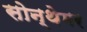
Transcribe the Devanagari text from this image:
सोन्थेमर